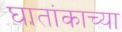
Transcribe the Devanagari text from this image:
घातांकाच्या